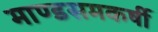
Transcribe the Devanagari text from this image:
माण्डसमकर्षी